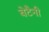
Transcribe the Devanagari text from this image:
बेटैनी